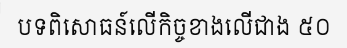
បទពិសោធន៍លើកិច្ចខាងលើជាង ៥០